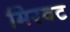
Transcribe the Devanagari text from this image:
मिरवट